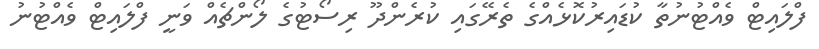
ފްލައިޓް ވެއްޓުނުތާ ކުޑައިރުކޮޅެއްގެ ތެރޭގައި ކުރެންދޫ ރިސޯޓުގެ ލޯންޗެއް ވަނީ ފްލައިޓް ވެއްޓުނު